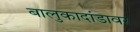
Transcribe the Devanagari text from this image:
बालुकादांडावर